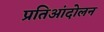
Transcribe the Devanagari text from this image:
प्रतिआंदोलन